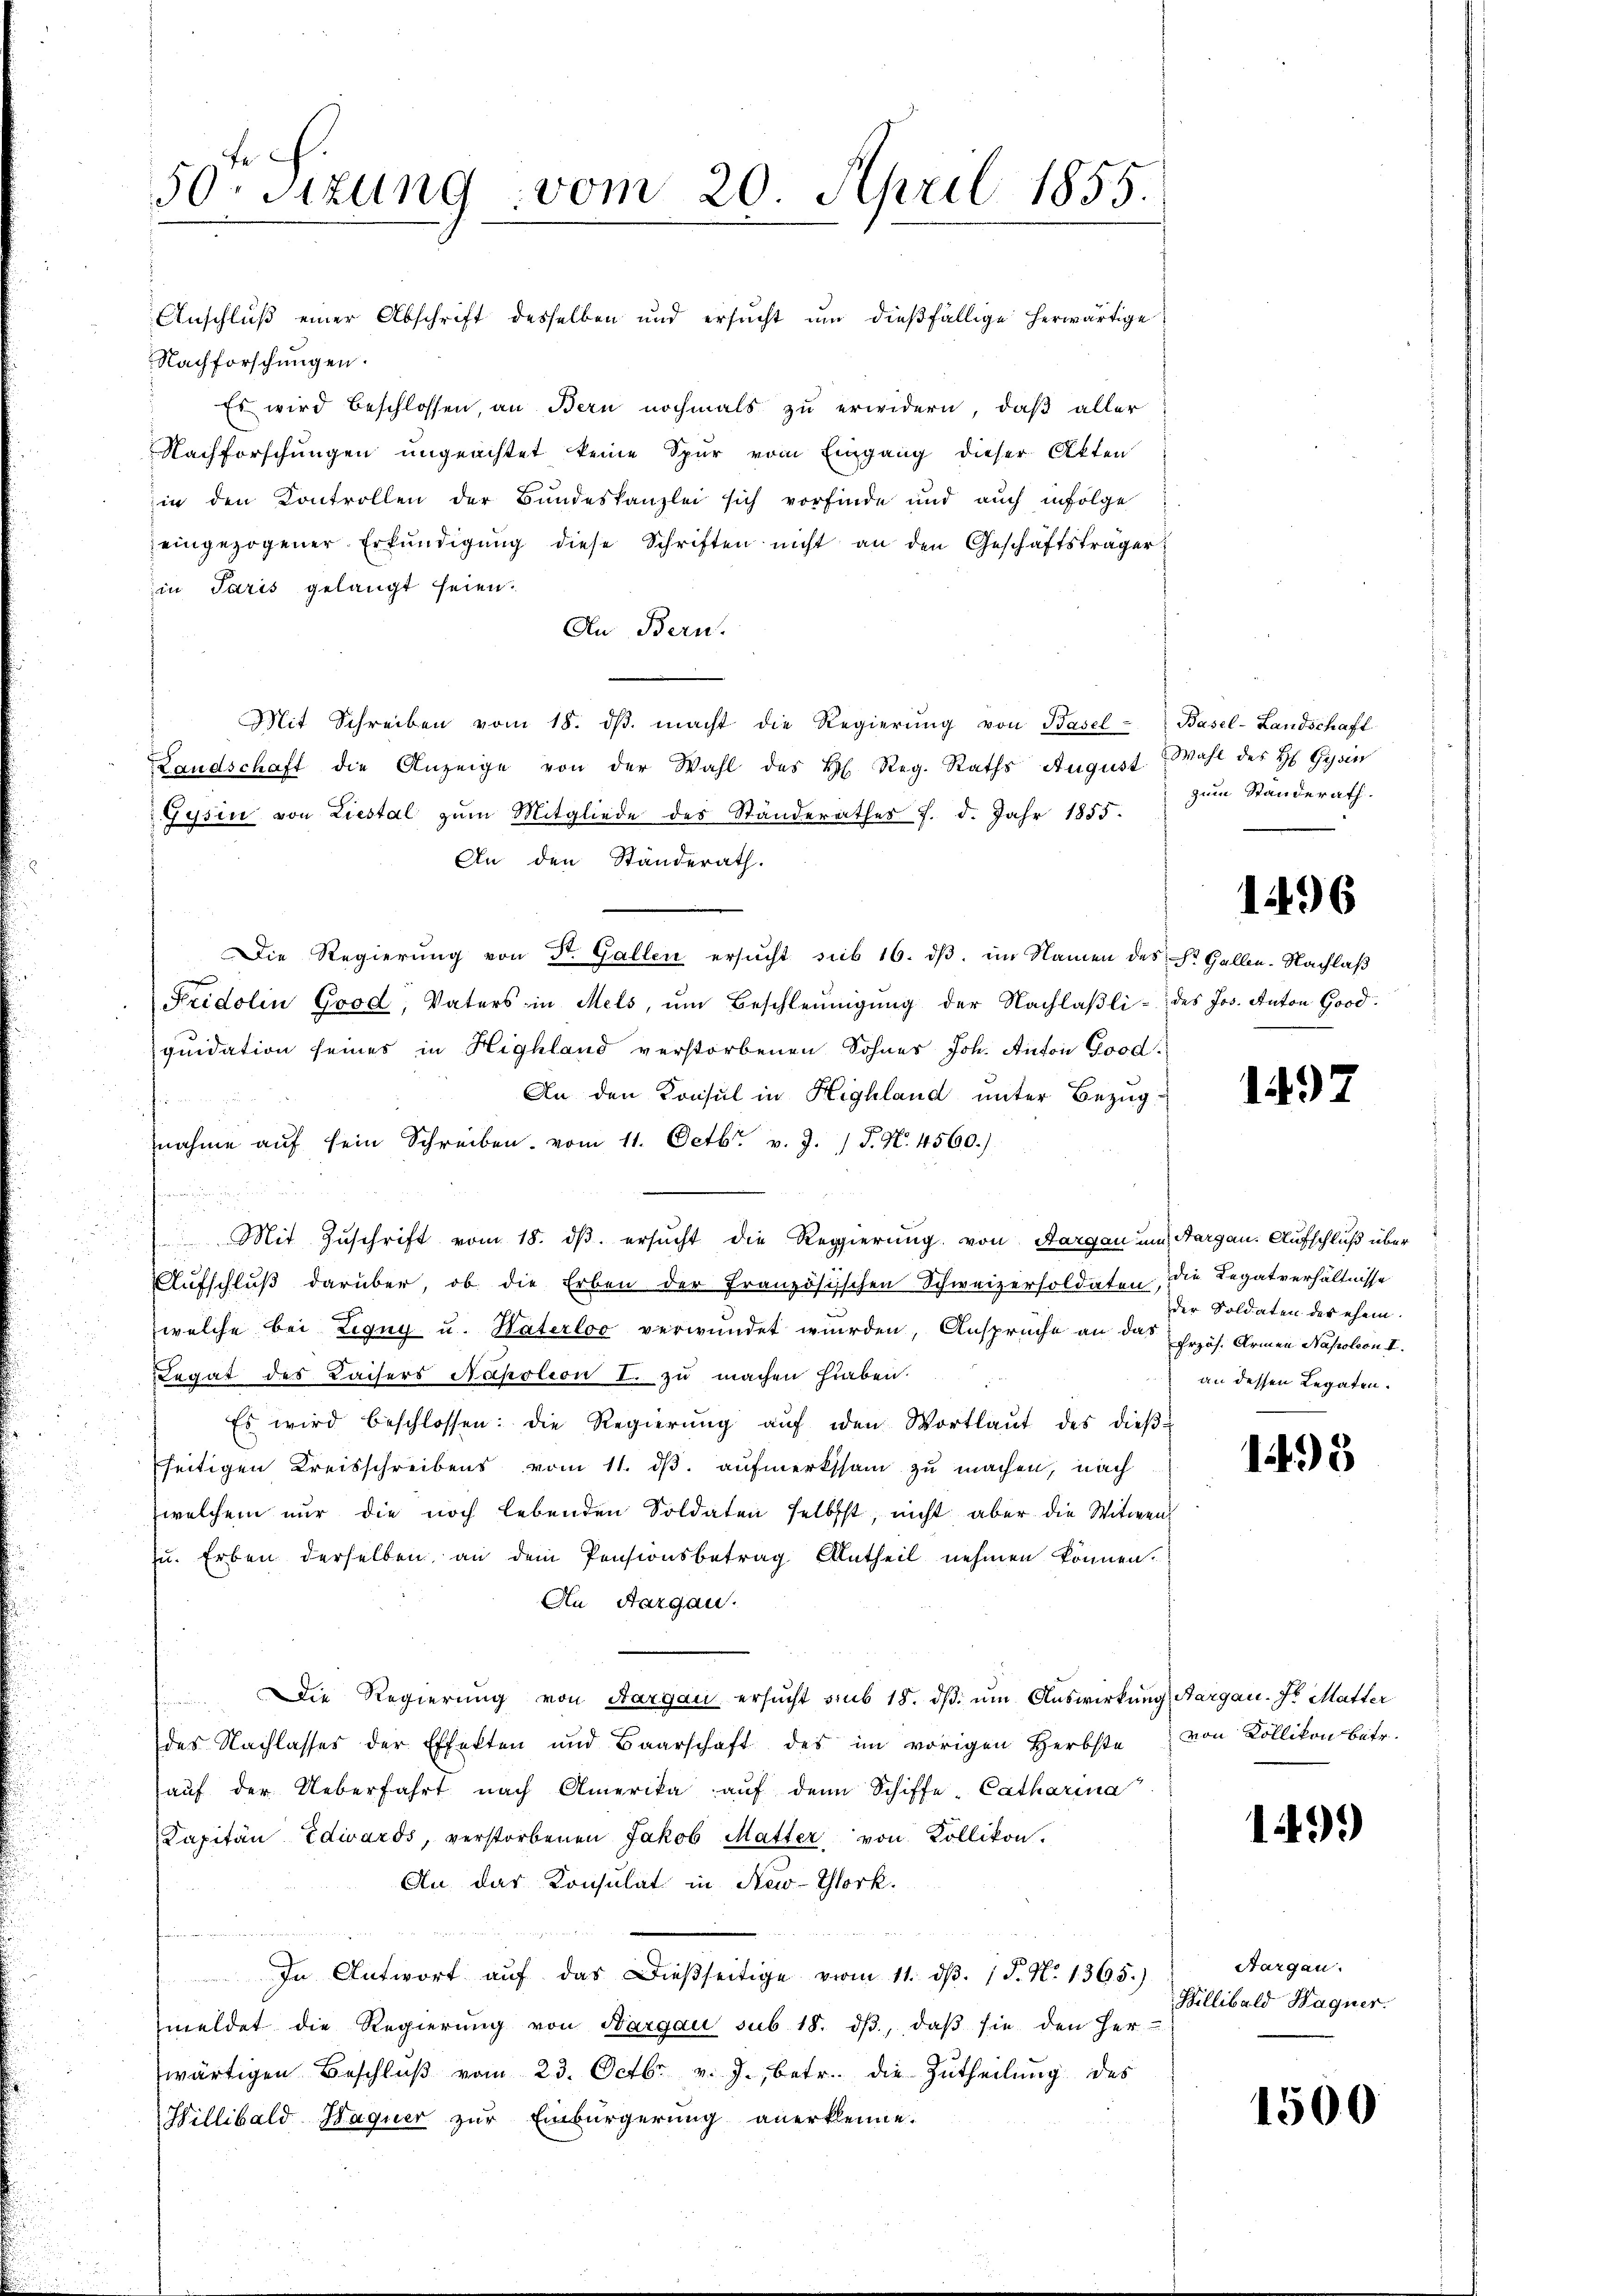
50 sizung vom 20. April 1855.

Anschluß einer Abschrift desselben und ersucht um dießfällige herwärtige
Nachforschungen.
Es wird beschlossen, an Bern nochmals zu erwidern, daß aller
Nachforschungen ungeachtet keine Spur vom Eingang dieser Akten
in den Kontrollen der Bundeskanzlei sich vorfinde und auch infolge
eingezogener Erkundigung diese Schriften nicht an den Geschäftsträger
in Paris gelangt seien.
An Bern.
Mit Schreiben vom 18. dβ. macht die Regierŭng von Basel - Basel-Landschaft
Landschaft die Anzeige von der Wahl des H. Reg. Raths August Wahl des H Gysin
Gysin von Liestal zum Mitgliede des Ständerathes 7. d. Jahr 1855.
An den Standerath.
Die Regierung von Dr. Gallen ersucht sub 16. dβ im Namen des St. Gallen. Nachlaß
Fridolin Good, Vaters in Mels, um Beschleunigung der Nachlaßli- des Jos. Anton Good.
quidation seines in Highland verstorbenen Sohnes Joh. Anton Good
An den Konsul in Highland unter Bezug
nahme aŭf sein Schreiben vom 11. Octbr. v. J. J. N. 4560.)
f
Mit Zuschrift vom 18. dβ ersucht die Regierung von Aargau um Aargau. Aufschluß über
Aŭfschlŭβ darüber, ob die Erben der Französischen Schweizersoldaten, die Legatverhältnisse
welche bei Ligny u. Waterloc verwundet wurden, Anspruche an das Erzös. Armen Napoleon I.
Legat des Kaisers Napolion I. zu machen hieben.
Es wird beschlossen: die Regierŭng aŭf den Wortlaut des dieβ-
seitigen Kreisschreibens vom 11. ds. aufmerksam zu machen, nach
welchem nŭr die noch lebenden Soldaten selbst, nicht aber die Witwen
zu. Erben derselben, an dem Pensionsbetrag Antheil nehmen können.
An Aargau.
Die Regierŭng von Aargau ersŭcht sub 18. dβ. ŭm Aŭswirkung Aargau. Dr Matter
des Nachlasses der Effekten und Baarschaft des im vorigen Herbste
aŭf der Ueberfahrt nach Amerika aŭf den Schiffe- Catharina
Kapitän Edwards, verstorbenen Jakob Matter von Kollikon.
An der Konsulat in New-York.
In Antwort aŭf das dießseitige vom 11. dβ. 1 S. N. 1365.)
meldet die Regierŭng von Aargau sub 18. dβ, daβ sie den Her-
wärtigen Beschlŭβ vom 23. Octbr. v. J., betr. die Zutheilung des
Hillibald Haguer zur Einbürgerung anerkleine.

zum Standerath.

1496

1497

der Soldaten der ehem
an dessen Legaten.

1495

von Köllikon betr.

149.)

Aargau.
Billibald Hagner.

1500